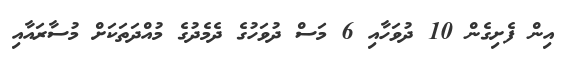
އިން ފެށިގެން 10 ދުވަހާއި 6 މަސް ދުވަހުގެ ދެމެދުގެ މުއްދަތަކަށް މުސާރައާއި